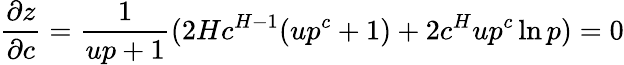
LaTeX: \frac{\partial{z}}{\partial c}=\frac{1}{up+1}(2Hc^{H-1}(up^{c}+1)+2c^{H}up^{c}\ln p)=0